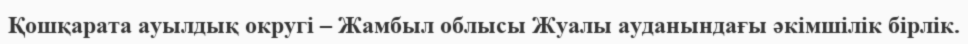
Қошқарата ауылдық округі – Жамбыл облысы Жуалы ауданындағы әкімшілік бірлік.